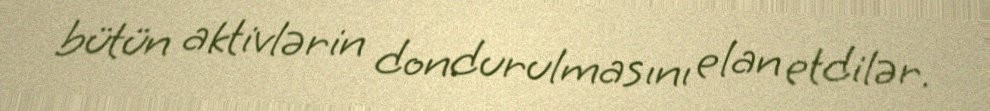
bütün aktivlərin dondurulmasını elan etdilər.